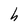
Character: h